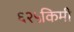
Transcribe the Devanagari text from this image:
६२५किमी